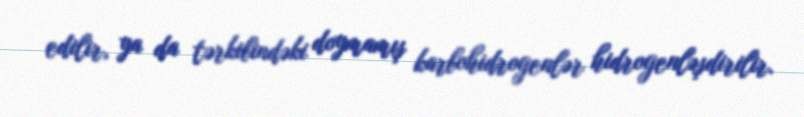
edilir, ya da tərkibindəki doymamış karbohidrogenlər hidrogenləşdirilir.